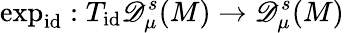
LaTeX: \exp_{\mathrm{id}}:T_{\mathrm{id}}\mathscr{D}_{\mu}^{s}(M)\to\mathscr{D}_{\mu}^{s}(M)